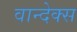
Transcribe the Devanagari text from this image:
वान्देक्स